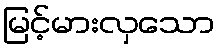
မြင့်မားလှသော